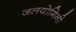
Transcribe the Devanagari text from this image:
जलयोगिनी